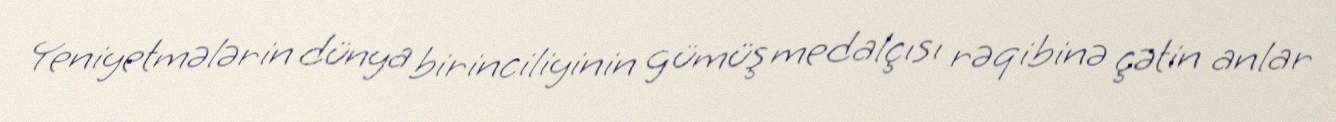
Yeniyetmələrin dünya birinciliyinin gümüş medalçısı rəqibinə çətin anlar